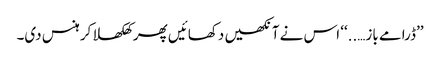
’’ڈرامے باز…..‘‘ اس نے آنکھیں دکھائیں پھر کھلکھلا کر ہنس دی۔